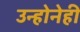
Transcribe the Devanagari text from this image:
उन्होनेही